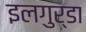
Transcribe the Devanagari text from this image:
इलगुर्डा